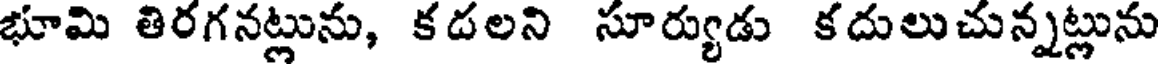
భూమి తిరగనట్లును, కదలని సూర్యుడు కదులుచున్నట్లును